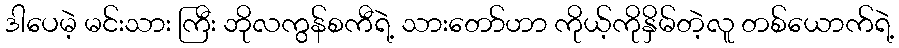
ဒါပေမဲ့ မင်းသား ကြီး ဘိုလကွန်စကီရဲ့ သားတော်ဟာ ကိုယ့်ကိုနှိမ်တဲ့လူ တစ်ယောက်ရဲ့